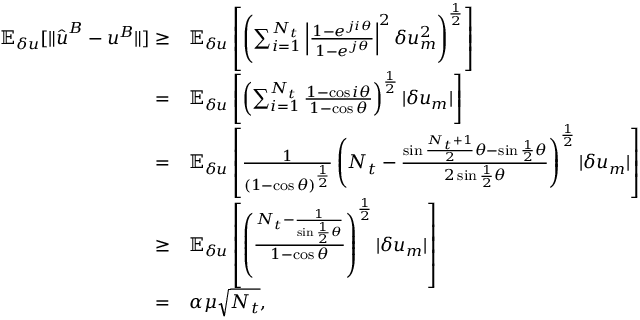
\begin{array} { r l r } { \mathbb { E } _ { \delta u } [ \| \hat { \boldsymbol { u } } ^ { B } - \boldsymbol { u } ^ { B } \| ] \ge } & { { } \mathbb { E } _ { \delta u } \left[ \left( \sum _ { i = 1 } ^ { N _ { t } } \left| \frac { 1 - e ^ { j i \theta } } { 1 - e ^ { j \theta } } \right| ^ { 2 } \delta u _ { m } ^ { 2 } \right) ^ { \frac { 1 } { 2 } } \right] } & { } \\ { = } & { { } \mathbb { E } _ { \delta u } \left[ \left( \sum _ { i = 1 } ^ { N _ { t } } \frac { 1 - \cos i \theta } { 1 - \cos \theta } \right) ^ { \frac { 1 } { 2 } } | \delta u _ { m } | \right] } & { } \\ { = } & { { } \mathbb { E } _ { \delta u } \left[ \frac { 1 } { ( 1 - \cos \theta ) ^ { \frac { 1 } { 2 } } } \left( N _ { t } - \frac { \sin \frac { N _ { t } + 1 } { 2 } \theta - \sin \frac { 1 } { 2 } \theta } { 2 \sin \frac { 1 } { 2 } \theta } \right) ^ { \frac { 1 } { 2 } } | \delta u _ { m } | \right] } & { } \\ { \ge } & { { } \mathbb { E } _ { \delta u } \left[ \left( \frac { N _ { t } - \frac { 1 } { \sin \frac { 1 } { 2 } \theta } } { 1 - \cos \theta } \right) ^ { \frac { 1 } { 2 } } | \delta u _ { m } | \right] } & { } \\ { = } & { { } \alpha \mu \sqrt { N _ { t } } , } & { \quad { \scriptstyle ( \sqrt { N _ { t } - z } \ge \sqrt { 1 - z } \sqrt { N _ { t } } \; \mathrm { f o r } \; z \in [ 0 , 1 ) ) } } \end{array}